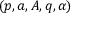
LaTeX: ( p , a , A , q , \alpha )